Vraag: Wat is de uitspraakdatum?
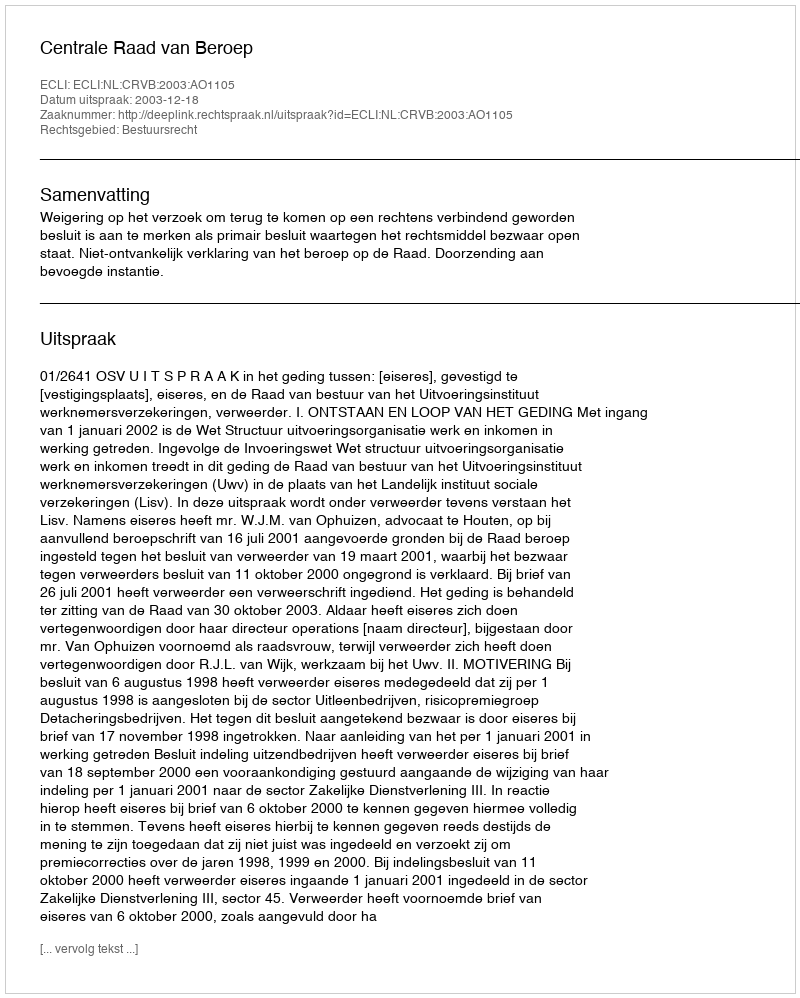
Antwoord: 2003-12-18